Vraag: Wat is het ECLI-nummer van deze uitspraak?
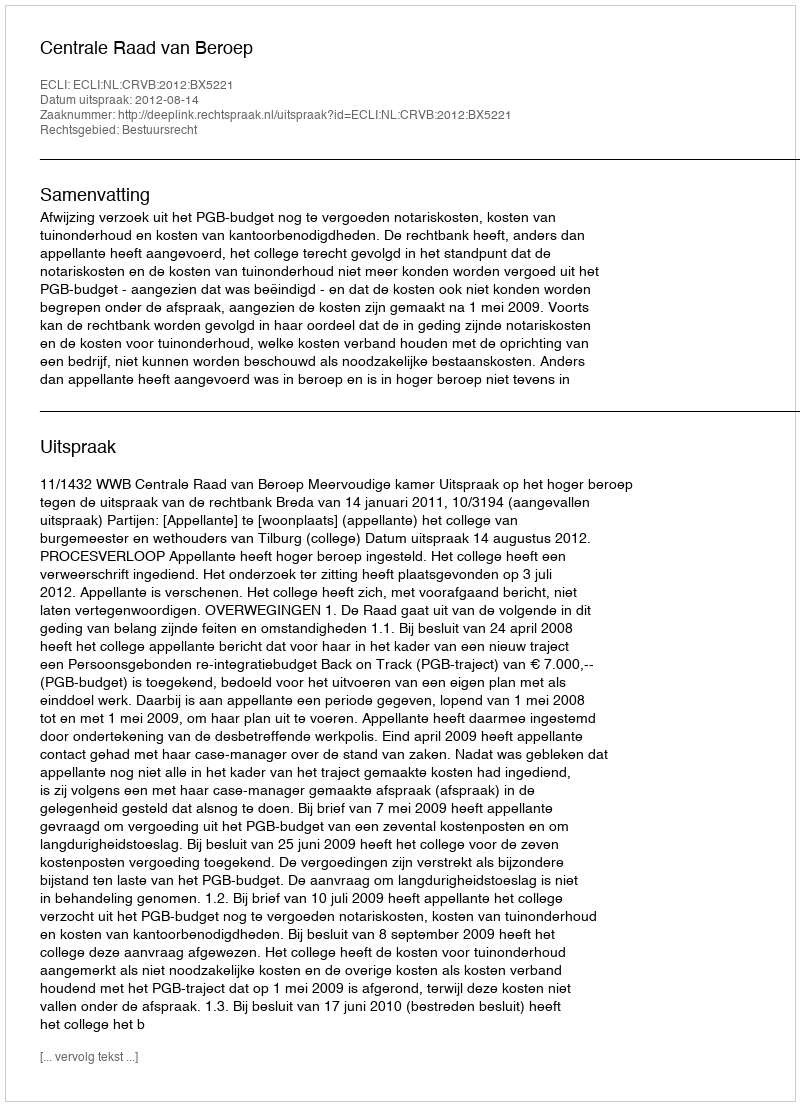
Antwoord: ECLI:NL:CRVB:2012:BX5221